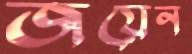
জয়েন